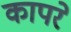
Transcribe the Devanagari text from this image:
कापरे